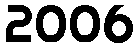
2006